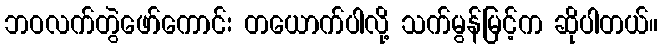
ဘဝလက်တွဲဖော်ကောင်း တယောက်ပါလို့ သက်မွန်မြင့်က ဆိုပါတယ်။